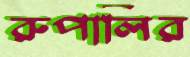
রুপালির